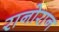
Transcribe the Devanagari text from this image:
रानोरान